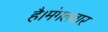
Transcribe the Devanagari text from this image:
है।मंगलवार